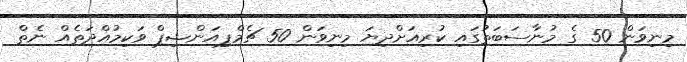
މިނިވަން 50 ގެ މުނާސަބަތުގައި ކުރިއަށްދިޔަ މިނިވަން 50 ޗެމްޕިއަންޝިޕް ވަކިމުއްދަތެއް ނެތް